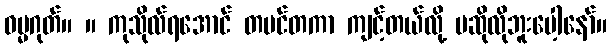
ဓမ္မဂုတ်။ ။ ကုသိုလ်ရအောင် တမင်တကာ ကျင့်တယ်လို့ မဆိုလိုဘူးပေါ့နော်။